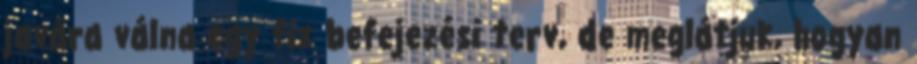
javára válna egy fix befejezési terv, de meglátjuk, hogyan